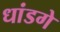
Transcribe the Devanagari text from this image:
धांडगे